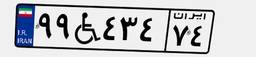
۹۹W۴۳۴۷۴